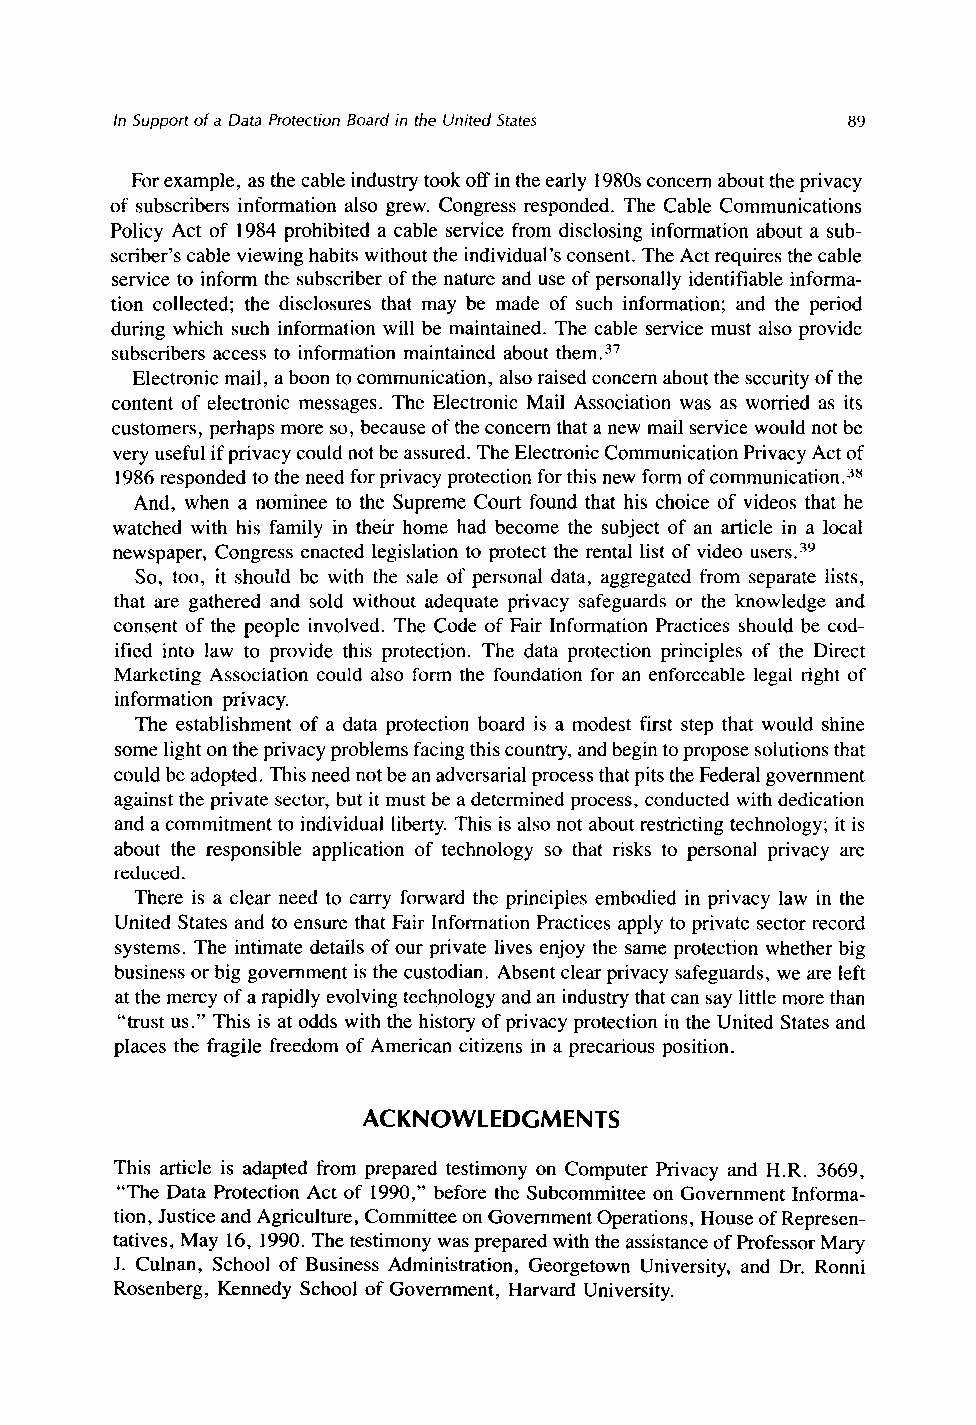
In Support of a Data ProtectionB oard in the United States 89
 For example, as the cable industry took off in the early 1980s concern about the privacy
 of subscribers information also grew. Congress responded. The Cable Communications
 Policy Act of 1984 prohibited a cable service from disclosing information about a sub-
 scriber’s cable viewing habits without the individual’s consent. The Act requires the cable
 service to inform the subscriber of the nature and use of personally identifiable informa-
 tion collected; the disclosures that may be made of such information; and the period
 during which such information will be maintained. The cable service must also provide
 subscribers access to information maintained about them.37
 Electronic mail, a boon to communication, also raised concern about the security of the
 content of electronic messages. The Electronic Mail Association was as worried as its
 customers, perhaps more so, because of the concern that a new mail service would not be
 very useful if privacy could not be assured. The Electronic Communication Privacy Act of
 1986 responded to the need for privacy protection for this new form of communication.38
 And, when a nominee to the Supreme Court found that his choice of videos that he
 watched with his family in their home had become the subject of an article in a local
 newspaper, Congress enacted legislation to protect the rental list of video users.39
 So, too, it should be with the sale of personal data, aggregated from separate lists,
 that are gathered and sold without adequate privacy safeguards or the knowledge and
 consent of the people involved. The Code of Fair Information Practices should be cod-
 ified into law to provide this protection. The data protection principles of the Direct
 Marketing Association could also form the foundation for an enforceable legal right of
 information privacy.
 The establishment of a data protection board is a modest first step that would shine
 some light on the privacy problems facing this country, and begin to propose solutions that
 could be adopted. This need not be an adversarial process that pits the Federal government
 against the private sector, but it must be a determined process, conducted with dedication
 and a commitment to individual liberty. This is also not about restricting technology; it is
 about the responsible application of technology so that risks to personal privacy are
 reduced.
 There is a clear need to carry forward the principles embodied in privacy law in the
 United States and to ensure that Fair Information Practices apply to private sector record
 systems. The intimate details of our private lives enjoy the same protection whether big
 business or big government is the custodian. Absent clear privacy safeguards, we are left
 at the mercy of a rapidly evolving technology and an industry that can say little more than
 “trust us.” This is at odds with the history of privacy protection in the United States and
 places the fragile freedom of American citizens in a precarious position.
 ACKNOWLEDGMENTS
 This article is adapted from prepared testimony on Computer Privacy and H.R. 3669,
 “The Data Protection Act of 1990,” before the Subcommittee on Government Informa-
 tion, Justice and Agriculture, Committee on Government Operations, House of Represen-
 tatives, May 16, 1990. The testimony was prepared with the assistance of Professor Mary
 J. Culnan, School of Business Administration, Georgetown University, and Dr. Ronni
 Rosenberg, Kennedy School of Government, Harvard University.